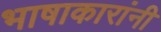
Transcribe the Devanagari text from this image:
भाषाकारांनी